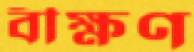
বীক্ষণ